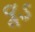
વૂડ